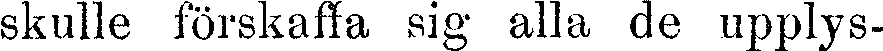
skulle förskaffa sig alla de upplys-